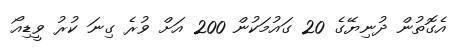
އެގޮތުން ދުނިޔޭގެ 20 ގައުމަކުން 200 އަށް ވުރެ ގިނަ ކުރު ވީޑިއޯ